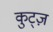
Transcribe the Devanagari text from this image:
कुट्ज़